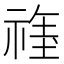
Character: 𱵞